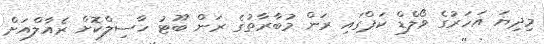
މިދިޔަ އަހަރުގެ ވޯލްޑް ކަޕްގައި ރަން މުބާރާތުގެ ރަން ބޫޓު ހާސިލްކޮށް ރެއާލްއަށް